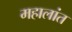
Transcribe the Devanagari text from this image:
महालांत